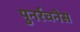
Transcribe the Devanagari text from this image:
पुनर्रचनेस